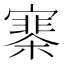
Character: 𡫗